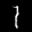
Label: 1